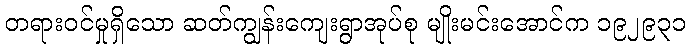
တရားဝင်မှုရှိသော ဆတ်ကျွန်းကျေးရွာအုပ်စု မျိုးမင်းအောင်က ၁၉၂၉၃၁